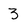
Character: 3